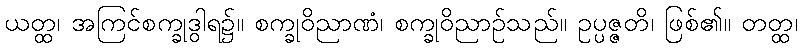
ယတ္ထ၊ အကြင်စက္ခုဒွါရ၌။ စက္ခုဝိညာဏံ၊ စက္ခုဝိညာဉ်သည်။ ဥပ္ပဇ္ဇတိ၊ ဖြစ်၏။ တတ္ထ၊